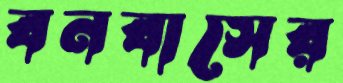
বনবাসের